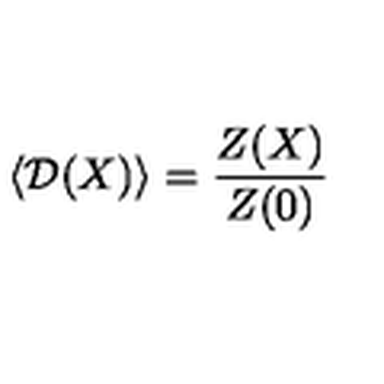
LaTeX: \left. \langle { \cal D } ( X ) \rangle = \frac { Z ( X ) } { Z ( 0 ) } \right.